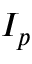
I _ { p }